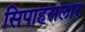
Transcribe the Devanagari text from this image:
सिपाहसलार